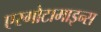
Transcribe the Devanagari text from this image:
एरगोटामाइन्स